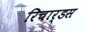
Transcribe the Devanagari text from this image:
रिचार्डस